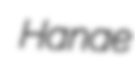
Hanae